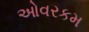
ઓવરકમ